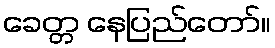
ခေတ္တ နေပြည်တော်။